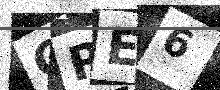
Text: CRE6